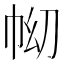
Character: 𢂅